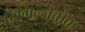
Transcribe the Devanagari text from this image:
फैमिल्जेबोक